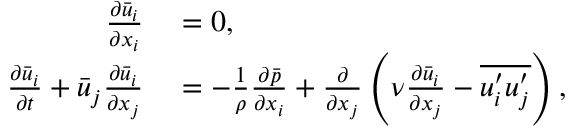
\begin{array} { r l } { \frac { \partial \bar { u } _ { i } } { \partial x _ { i } } } & { { } = 0 , } \\ { \frac { \partial \bar { u } _ { i } } { \partial t } + \bar { u } _ { j } \frac { \partial \bar { u } _ { i } } { \partial x _ { j } } } & { { } = - \frac { 1 } { \rho } \frac { \partial \bar { p } } { \partial x _ { i } } + \frac { \partial } { \partial x _ { j } } \left( \nu \frac { \partial \bar { u } _ { i } } { \partial x _ { j } } - \overline { { u _ { i } ^ { \prime } u _ { j } ^ { \prime } } } \right) , } \end{array}